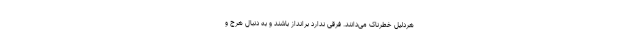
هردلیل خطرناک می‌دانند. فرقی ندارد برانداز باشند و به دنبال هرج و